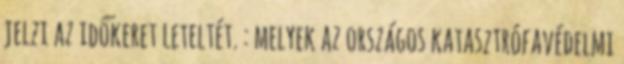
jelzi az időkeret leteltét. : melyek az országos katasztrófavédelmi